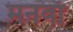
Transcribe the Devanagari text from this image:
मनवाँ